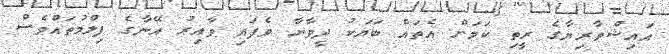
އައިޝްވާރިޔާގެ ރީތި ކަމަށް އެތައް ބަޔަކު ދީވާނާ ވެފައި ވާއިރު އޭނާގެ ފިލްމުތައްވެސް